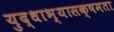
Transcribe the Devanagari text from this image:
युद्धाभ्यासक्षमता